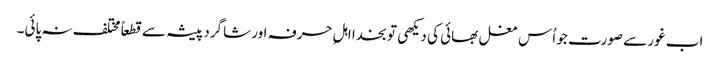
اب غور سے صورت جو اُس مغل بھائی کی دیکھی تو بخدا اہلِ حرفہ اور شاگرد پیشہ سے قطعاً مختلف نہ پائی۔